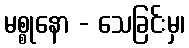
မစ္စုနော - သေခြင်းမှ၊